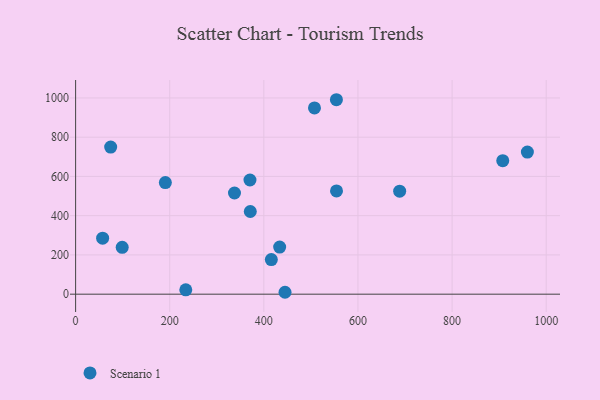
{"axis": {"x": "Experience", "y": "Sales"}, "legend": ["Scenario 1"], "data": [{"x": "371.2", "y": 421.3, "type": "Scenario 1"}, {"x": "433.6", "y": 240.2, "type": "Scenario 1"}, {"x": "445.0", "y": 9.7, "type": "Scenario 1"}, {"x": "57.4", "y": 285.3, "type": "Scenario 1"}, {"x": "337.6", "y": 515.7, "type": "Scenario 1"}, {"x": "190.7", "y": 568.9, "type": "Scenario 1"}, {"x": "960.0", "y": 724.1, "type": "Scenario 1"}, {"x": "234.1", "y": 22.4, "type": "Scenario 1"}, {"x": "554.4", "y": 526.2, "type": "Scenario 1"}, {"x": "554.2", "y": 990.9, "type": "Scenario 1"}, {"x": "907.7", "y": 680.1, "type": "Scenario 1"}, {"x": "74.5", "y": 749.7, "type": "Scenario 1"}, {"x": "370.5", "y": 581.9, "type": "Scenario 1"}, {"x": "99.0", "y": 238.9, "type": "Scenario 1"}, {"x": "415.9", "y": 176.1, "type": "Scenario 1"}, {"x": "688.6", "y": 525.1, "type": "Scenario 1"}, {"x": "507.6", "y": 948.9, "type": "Scenario 1"}]}